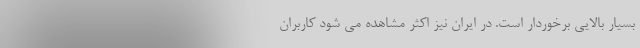
بسیار بالایی برخوردار است. در ایران نیز اکثر مشاهده می شود کاربران